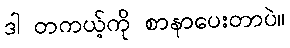
ဒါ တကယ့်ကို စာနာပေးတာပဲ။